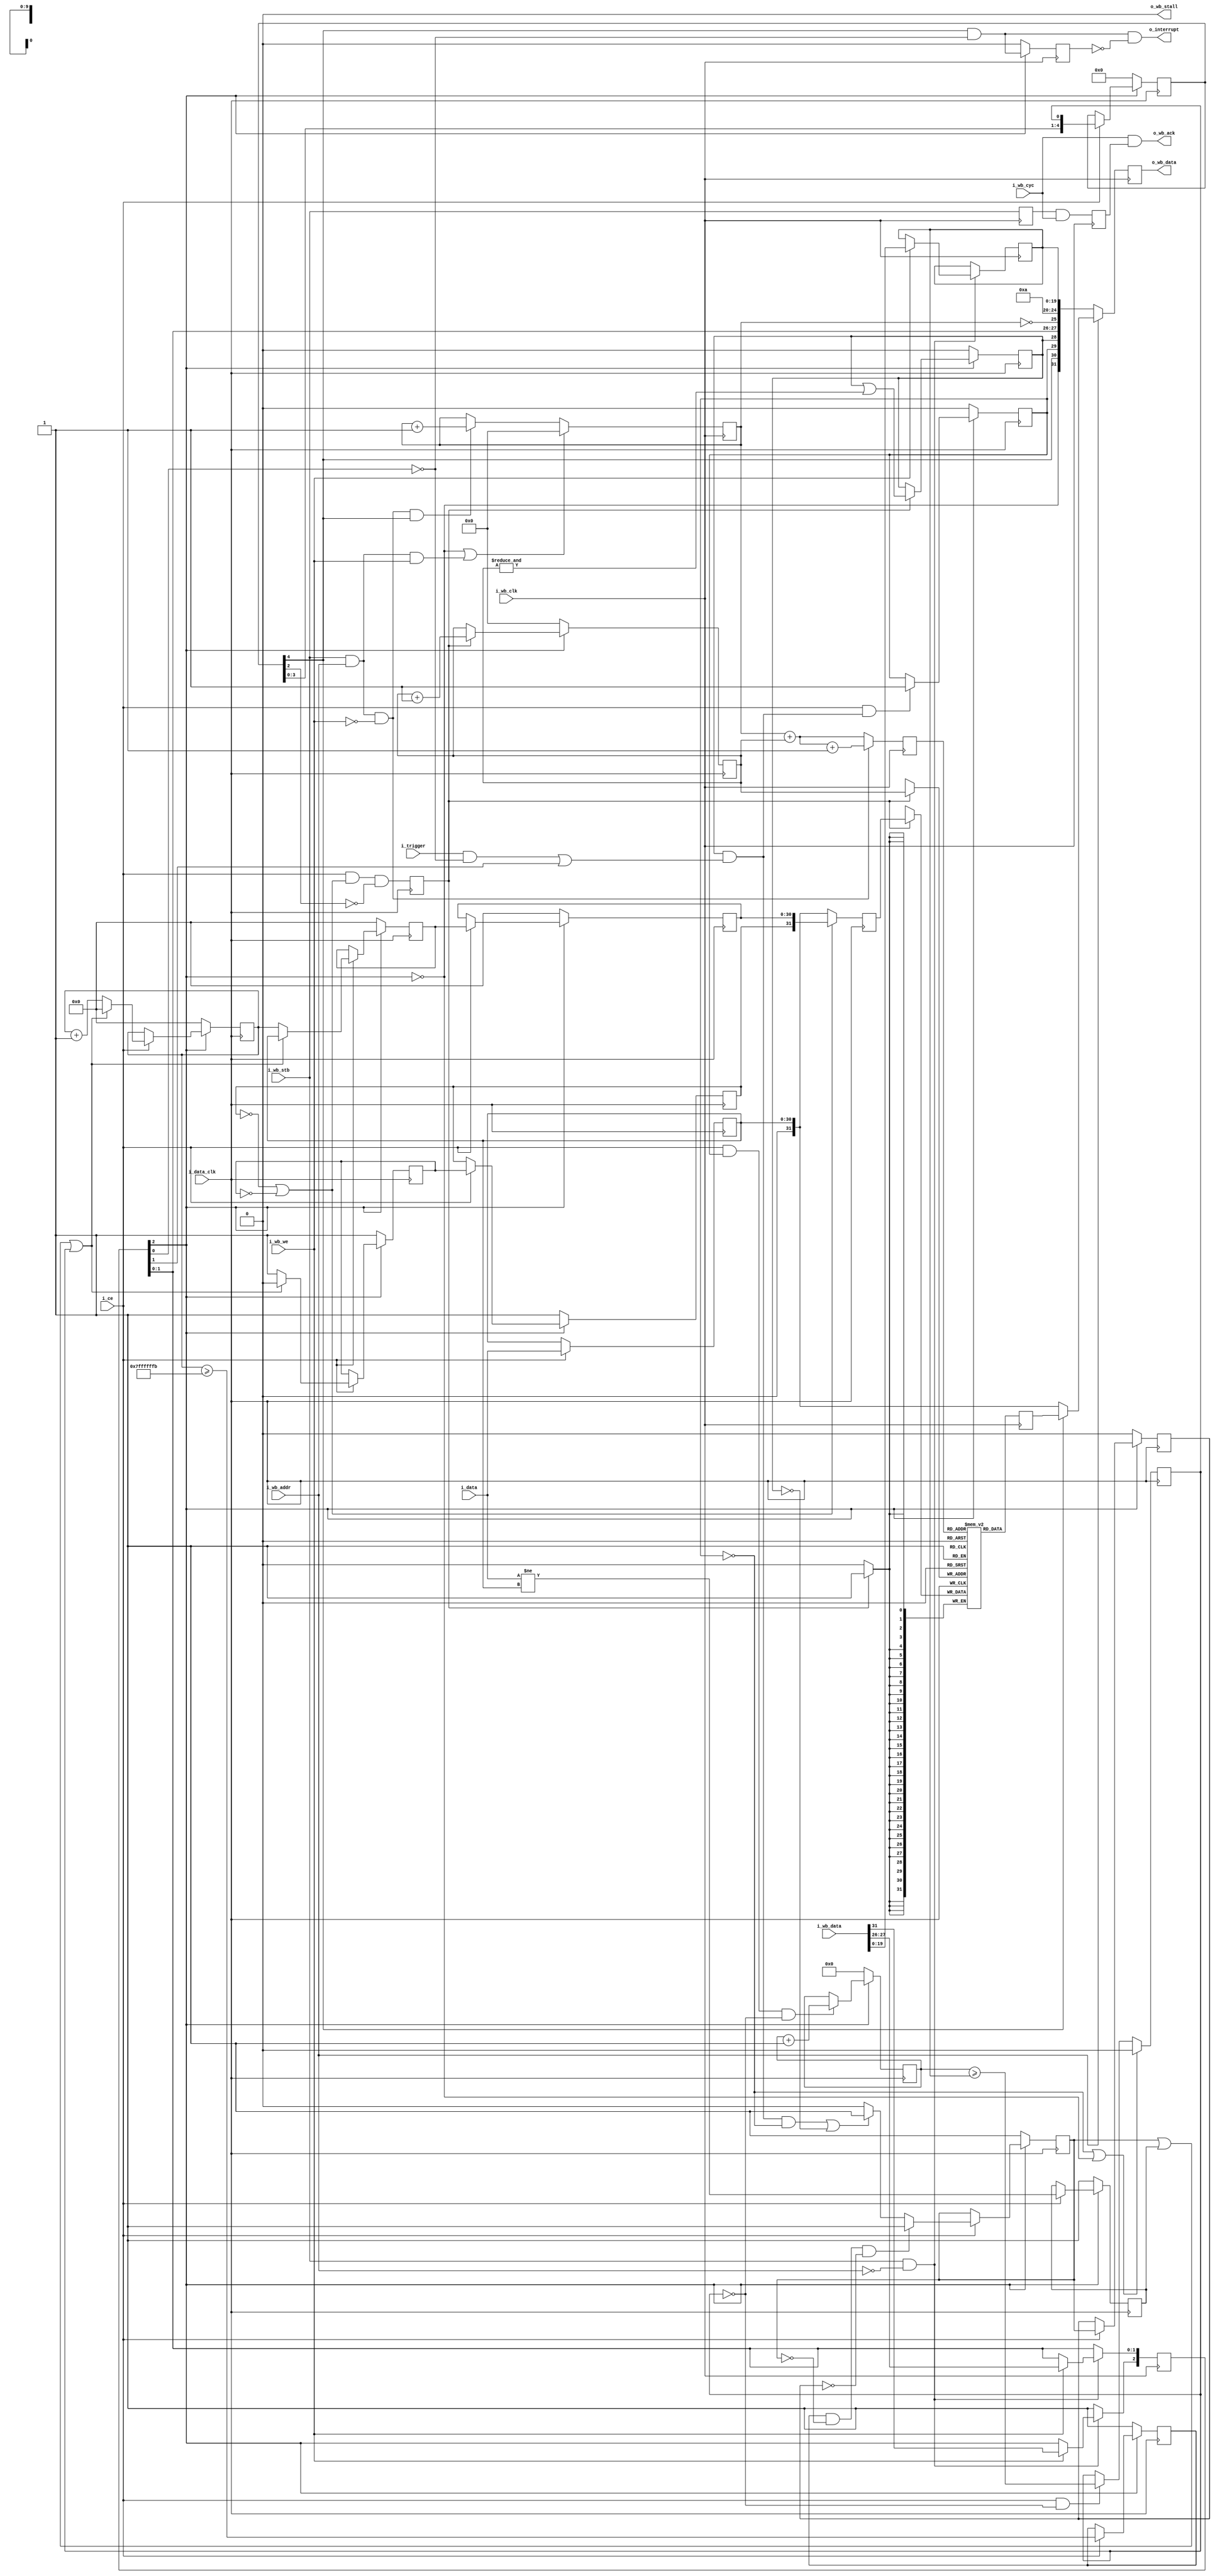
////////////////////////////////////////////////////////////////////////////////
//
//
// Project:	ICO Zip, iCE40 ZipCPU demonstration project
//
// Purpose:	This scope is identical in function to the wishbone scope
//	found in wbscope, save that the output is compressed via a run-length
//	encoding scheme and that (as a result) it can only handle recording
//	31 bits at a time.  This allows the top bit to indicate the presence
//	of an 'address difference' rather than actual incoming recorded data.
//
//	Reading/decompressing the output of this scope works in this fashion:
//	Once the scope has stopped, read from the port.  Any time the high
//	order bit is set, the other 31 bits tell you how many times to repeat
//	the last value.  If the high order bit is not set, then the value
//	is a new data value.
//
//	Previous versions of the compressed scope have had some fundamental
//	flaws: 1) it was impossible to know when the trigger took place, and
//	2) if things never changed, the scope would never fill or complete
//	its capture.  These two flaws have been fixed with this release.
//
//	When dealing with a slow interface such as the PS/2 interface, or even
//	the 16x2 LCD interface, it is often true that things can change _very_
//	slowly.  They could change so slowly that the standard wishbone scope
//	doesn't work.  This scope then gives you a working scope, by sampling
//	at diverse intervals, and only capturing anything that changes within
//	those intervals.  
//
//	Indeed, I'm finding this compressed scope very valuable for evaluating
//	the timing associated with a GPS PPS and associated NMEA stream.  I
//	need to collect over a seconds worth of data, and I don't have enough
//	memory to handle one memory value per clock, yet I still want to know
//	exactly when the GPS PPS goes high, when it goes low, when I'm
//	adjusting my clock, and when the clock's PPS output goes high.  Did I
//	synchronize them well?  Oh, and when does the NMEA time string show up
//	when compared with the PPS?  All of those are valuable, but could never
//	be done if the scope wasn't compressed.
//
// Creator:	Dan Gisselquist, Ph.D.
//		Gisselquist Technology, LLC
//
////////////////////////////////////////////////////////////////////////////////
//
// Copyright (C) 2015,2017-2020, Gisselquist Technology, LLC
//
// This program is free software (firmware): you can redistribute it and/or
// modify it under the terms of  the GNU General Public License as published
// by the Free Software Foundation, either version 3 of the License, or (at
// your option) any later version.
//
// This program is distributed in the hope that it will be useful, but WITHOUT
// ANY WARRANTY; without even the implied warranty of MERCHANTIBILITY or
// FITNESS FOR A PARTICULAR PURPOSE.  See the GNU General Public License
// for more details.
//
// You should have received a copy of the GNU General Public License along
// with this program.  (It's in the $(ROOT)/doc directory.  Run make with no
// target there if the PDF file isn't present.)  If not, see
// <http://www.gnu.org/licenses/> for a copy.
//
// License:	GPL, v3, as defined and found on www.gnu.org,
//		http://www.gnu.org/licenses/gpl.html
//
//
////////////////////////////////////////////////////////////////////////////////
//
//
`default_nettype	none
//
module wbscopc(i_data_clk, i_ce, i_trigger, i_data,
	i_wb_clk, i_wb_cyc, i_wb_stb, i_wb_we, i_wb_addr, i_wb_data,
	o_wb_ack, o_wb_stall, o_wb_data,
	o_interrupt);
	parameter [4:0]			LGMEM = 5'd10;
	parameter			BUSW = 32, NELM=(BUSW-1);
	parameter [0:0]			SYNCHRONOUS=1;
	parameter			HOLDOFFBITS=20;
	parameter [(HOLDOFFBITS-1):0]	DEFAULT_HOLDOFF = ((1<<(LGMEM-1))-4);
	parameter			STEP_BITS=BUSW-1;
	parameter [(STEP_BITS-1):0]	MAX_STEP={{(STEP_BITS-2){1'b1}}, 2'b00};
	// The input signals that we wish to record
	input	wire			i_data_clk, i_ce, i_trigger;
	input	wire	[(NELM-1):0]	i_data;
	// The WISHBONE bus for reading and configuring this scope
	input	wire			i_wb_clk, i_wb_cyc, i_wb_stb, i_wb_we;
	input	wire			i_wb_addr; // One address line only
	input	wire	[(BUSW-1):0]	i_wb_data;
	output	wire			o_wb_ack, o_wb_stall;
	output	reg	[(BUSW-1):0]	o_wb_data;
	// And, finally, for a final flair --- offer to interrupt the CPU after
	// our trigger has gone off.  This line is equivalent to the scope 
	// being stopped.  It is not maskable here.
	output	wire			o_interrupt;



	reg	[(LGMEM-1):0]	raddr;
	reg	[(BUSW-1):0]	mem[0:((1<<LGMEM)-1)];

	// Our status/config register
	wire		bw_reset_request, bw_manual_trigger,
			bw_disable_trigger, bw_reset_complete;
	reg	[2:0]	br_config;
	reg	[(HOLDOFFBITS-1):0]	br_holdoff;
	initial	br_config = 3'b0;
	initial	br_holdoff = DEFAULT_HOLDOFF;
	always @(posedge i_wb_clk)
		if ((i_wb_stb)&&(!i_wb_addr))
		begin
			if (i_wb_we)
			begin
				br_config <= { i_wb_data[31],
					i_wb_data[27],
					i_wb_data[26] };
				br_holdoff <= i_wb_data[(HOLDOFFBITS-1):0];
			end
		end else if (bw_reset_complete)
			br_config[2] <= 1'b1;
	assign	bw_reset_request   = (!br_config[2]);
	assign	bw_manual_trigger  = (br_config[1]);
	assign	bw_disable_trigger = (br_config[0]);


	wire	dw_reset, dw_manual_trigger, dw_disable_trigger;
	generate
	if (SYNCHRONOUS > 0)
	begin
		assign	dw_reset = bw_reset_request;
		assign	dw_manual_trigger = bw_manual_trigger;
		assign	dw_disable_trigger = bw_disable_trigger;
		assign	bw_reset_complete = bw_reset_request;
	end else begin
		reg		r_reset_complete;
		(* ASYNC_REG = "TRUE" *) reg	[2:0]	q_iflags;
		reg	[2:0]	r_iflags;

		// Resets are synchronous to the bus clock, not the data clock
		// so do a clock transfer here
		initial	q_iflags = 3'b000;
		initial	r_reset_complete = 1'b0;
		always @(posedge i_data_clk)
		begin
			q_iflags <= { bw_reset_request, bw_manual_trigger, bw_disable_trigger };
			r_iflags <= q_iflags;
			r_reset_complete <= (dw_reset);
		end

		assign	dw_reset = r_iflags[2];
		assign	dw_manual_trigger = r_iflags[1];
		assign	dw_disable_trigger = r_iflags[0];

		(* ASYNC_REG = "TRUE" *) reg	q_reset_complete;
		reg	qq_reset_complete;
		// Pass an acknowledgement back from the data clock to the bus
		// clock that the reset has been accomplished
		initial	q_reset_complete = 1'b0;
		initial	qq_reset_complete = 1'b0;
		always @(posedge i_wb_clk)
		begin
			q_reset_complete  <= r_reset_complete;
			qq_reset_complete <= q_reset_complete;
		end

		assign bw_reset_complete = qq_reset_complete;
	end endgenerate

	//
	// Set up the trigger
	//
	//
	// Write with the i-clk, or input clock.  All outputs read with the
	// WISHBONE-clk, or i_wb_clk clock.
	reg	dr_triggered, dr_primed;
	wire	dw_trigger;
	assign	dw_trigger = (dr_primed)&&(
				((i_trigger)&&(!dw_disable_trigger))
				||(dw_manual_trigger));
	initial	dr_triggered = 1'b0;
	always @(posedge i_data_clk)
		if (dw_reset)
			dr_triggered <= 1'b0;
		else if ((i_ce)&&(dw_trigger))
			dr_triggered <= 1'b1;

	//
	// Determine when memory is full and capture is complete
	//
	// Writes take place on the data clock
	// The counter is unsigned
	(* ASYNC_REG="TRUE" *) reg	[(HOLDOFFBITS-1):0]	holdoff_counter;

	reg		dr_stopped;
	initial	dr_stopped = 1'b0;
	initial	holdoff_counter = 0;
	always @(posedge i_data_clk)
		if (dw_reset)
			holdoff_counter <= 0;
		else if ((i_ce)&&(dr_triggered)&&(!dr_stopped))
		begin
			holdoff_counter <= holdoff_counter + 1'b1;
		end

	always @(posedge i_data_clk)
		if ((!dr_triggered)||(dw_reset))
			dr_stopped <= 1'b0;
		else if ((i_ce)&&(!dr_stopped))
		begin
			if (HOLDOFFBITS > 1) // if (i_ce)
				dr_stopped <= (holdoff_counter >= br_holdoff);
			else if (HOLDOFFBITS <= 1)
				dr_stopped <= ((i_ce)&&(dw_trigger));
		end

	localparam	DLYSTOP=5;
	reg	[(DLYSTOP-1):0]	dr_stop_pipe;
	always @(posedge i_data_clk)
		if (dw_reset)
			dr_stop_pipe <= 0;
		else if (i_ce)
			dr_stop_pipe <= { dr_stop_pipe[(DLYSTOP-2):0], dr_stopped };

	wire	dw_final_stop;
	assign	dw_final_stop = dr_stop_pipe[(DLYSTOP-1)];

	// A big part of this scope is the run length of any particular
	// data value.  Hence, when the address line (i.e. data[31])
	// is high on decompression, the run length field will record an
	// address difference.
	//
	// To implement this, we set our run length to zero any time the
	// data changes, but increment it on all other clocks.  Should the
	// address difference get to our maximum value, we let it saturate
	// rather than overflow.
	reg	[(STEP_BITS-1):0]	ck_addr;
	reg	[(NELM-1):0]		qd_data;
	reg				dr_force_write, dr_run_timeout,
					new_data;

	//
	// The "dr_force_write" logic here is designed to make sure we write
	// at least every MAX_STEP samples, and that we stop as soon as
	// we are able.  Hence, if an interface is slow
	// and idle, we'll at least prime the scope, and even if the interface
	// doesn't have enough transitions to fill our buffer, we'll at least
	// fill the buffer with repeats.
	//
	reg		dr_force_inhibit;
	initial	ck_addr = 0;
	initial	dr_force_write = 1'b0;
	always @(posedge i_data_clk)
		if (dw_reset)
		begin
			dr_force_write    <= 1'b1;
			dr_force_inhibit  <= 1'b0;
		end else if (i_ce)
		begin
			dr_force_inhibit <= (dr_force_write);
			if ((dr_run_timeout)&&(!dr_force_write)&&(!dr_force_inhibit))
				dr_force_write <= 1'b1;
			else if (((dw_trigger)&&(!dr_triggered))||(!dr_primed))
				dr_force_write <= 1'b1;
			else
				dr_force_write <= 1'b0;
		end

	//
	// Keep track of how long it has been since the last write
	//
	always @(posedge i_data_clk)
		if (dw_reset)
			ck_addr <= 0;
		else if (i_ce)
		begin
			if ((dr_force_write)||(new_data)||(dr_stopped))
				ck_addr <= 0;
			else
				ck_addr <= ck_addr + 1'b1;
		end

	always @(posedge i_data_clk)
		if (dw_reset)
			dr_run_timeout <= 1'b1;
		else if (i_ce)
			dr_run_timeout <= (ck_addr >= MAX_STEP-1'b1);

	always @(posedge i_data_clk)
		if (dw_reset)
			new_data <= 1'b1;
		else if (i_ce)
			new_data <= (i_data != qd_data);

	always @(posedge i_data_clk)
		if (i_ce)
			qd_data <= i_data;

	wire	[(BUSW-2):0]	w_data;
	generate
	if (NELM == BUSW-1)
		assign w_data = qd_data;
	else
		assign w_data = { {(BUSW-NELM-1){1'b0}}, qd_data };
	endgenerate

	//
	// To do our RLE compression, we keep track of two registers: the most
	// recent data to the device (imm_ prefix) and the data from one
	// clock ago.  This allows us to suppress writes to the scope which
	// would otherwise be two address writes in a row.
	reg	imm_adr, lst_adr; // Is this an address (1'b1) or data value?
	reg	[(BUSW-2):0]	lst_val, // Data for the scope, delayed by one
				imm_val; // Data to write to the scope
	initial	lst_adr = 1'b1;
	initial	imm_adr = 1'b1;
	always @(posedge i_data_clk)
		if (dw_reset)
		begin
			imm_val <= 31'h0;
			imm_adr <= 1'b1;
			lst_val <= 31'h0;
			lst_adr <= 1'b1;
		end else if (i_ce)
		begin
			if ((new_data)||(dr_force_write)||(dr_stopped))
			begin
				imm_val <= w_data;
				imm_adr <= 1'b0; // Last thing we wrote was data
				lst_val <= imm_val;
				lst_adr <= imm_adr;
			end else begin
				imm_val <= ck_addr; // Minimum value here is '1'
				imm_adr <= 1'b1; // This (imm) is an address
				lst_val <= imm_val;
				lst_adr <= imm_adr;
			end
		end

	//
	// Here's where we suppress writing pairs of address words to the
	// scope at once.
	//
	reg			record_ce;
	reg	[(BUSW-1):0]	r_data;
	initial			record_ce = 1'b0;
	always @(posedge i_data_clk)
		record_ce <= (i_ce)&&((!lst_adr)||(!imm_adr))&&(!dr_stop_pipe[2]);
	always @(posedge i_data_clk)
		r_data <= ((!lst_adr)||(!imm_adr))
			? { lst_adr, lst_val }
			: { {(32 - NELM){1'b0}}, qd_data };

	//
	//	Actually do our writes to memory.  Record, via 'primed' when
	//	the memory is full.
	//
	//	The 'waddr' address that we are using really crosses two clock
	//	domains.  While writing and changing, it's in the data clock
	//	domain.  Once stopped, it becomes part of the bus clock domain.
	//	The clock transfer on the stopped line handles the clock
	//	transfer for these signals.
	//
	reg	[(LGMEM-1):0]	waddr;
	initial	waddr = {(LGMEM){1'b0}};
	initial	dr_primed = 1'b0;
	always @(posedge i_data_clk)
		if (dw_reset) // For simulation purposes, supply a valid value
		begin
			waddr <= 0; // upon reset.
			dr_primed <= 1'b0;
		end else if (record_ce)
		begin
			// mem[waddr] <= i_data;
			waddr <= waddr + {{(LGMEM-1){1'b0}},1'b1};
			dr_primed <= (dr_primed)||(&waddr);
		end
	always @(posedge i_data_clk)
		if (record_ce)
			mem[waddr] <= r_data;


	//
	//
	//
	// Bus response
	//
	//

	//
	// Clock transfer of the status signals
	//
	wire	bw_stopped, bw_triggered, bw_primed;
	generate
	if (SYNCHRONOUS > 0)
	begin
		assign	bw_stopped   = dw_final_stop;
		assign	bw_triggered = dr_triggered;
		assign	bw_primed    = dr_primed;
	end else begin
		// These aren't a problem, since none of these are strobe
		// signals.  They goes from low to high, and then stays high
		// for many clocks.  Swapping is thus easy--two flip flops to
		// protect against meta-stability and we're done.
		//
		(* ASYNC_REG = "TRUE" *) reg	[2:0]	q_oflags;
		reg	[2:0]	r_oflags;
		initial	q_oflags = 3'h0;
		initial	r_oflags = 3'h0;
		always @(posedge i_wb_clk)
			if (bw_reset_request)
			begin
				q_oflags <= 3'h0;
				r_oflags <= 3'h0;
			end else begin
				q_oflags <= { dw_final_stop, dr_triggered, dr_primed };
				r_oflags <= q_oflags;
			end

		assign	bw_stopped   = r_oflags[2];
		assign	bw_triggered = r_oflags[1];
		assign	bw_primed    = r_oflags[0];
	end endgenerate


	//
	// Reads use the bus clock
	//
	reg	br_wb_ack, br_pre_wb_ack;
	initial	br_wb_ack = 1'b0;
	wire	bw_cyc_stb;
	assign	bw_cyc_stb = (i_wb_stb);
	initial	br_pre_wb_ack = 1'b0;
	initial	br_wb_ack = 1'b0;
	always @(posedge i_wb_clk)
	begin
		if ((bw_reset_request)
			||((bw_cyc_stb)&&(i_wb_addr)&&(i_wb_we)))
			raddr <= 0;
		else if ((bw_cyc_stb)&&(i_wb_addr)&&(!i_wb_we)&&(bw_stopped))
			raddr <= raddr + 1'b1; // Data read, when stopped

		br_pre_wb_ack <= bw_cyc_stb;
		br_wb_ack <= (br_pre_wb_ack)&&(i_wb_cyc);
	end



	reg	[(LGMEM-1):0]	this_addr;
	always @(posedge i_wb_clk)
		if ((bw_cyc_stb)&&(i_wb_addr)&&(!i_wb_we))
			this_addr <= raddr + waddr + 1'b1;
		else
			this_addr <= raddr + waddr;

	reg	[31:0]	nxt_mem;
	always @(posedge i_wb_clk)
		nxt_mem <= mem[this_addr];

	wire	[19:0]	full_holdoff;
	assign full_holdoff[(HOLDOFFBITS-1):0] = br_holdoff;
	generate if (HOLDOFFBITS < 20)
		assign full_holdoff[19:(HOLDOFFBITS)] = 0;
	endgenerate

	wire	[4:0]	bw_lgmem;
	assign		bw_lgmem = LGMEM;
	always @(posedge i_wb_clk)
		if (!i_wb_addr) // Control register read
			o_wb_data <= { bw_reset_request,
					bw_stopped,
					bw_triggered,
					bw_primed,
					bw_manual_trigger,
					bw_disable_trigger,
					(raddr == {(LGMEM){1'b0}}),
					bw_lgmem,
					full_holdoff  };
		else if (!bw_stopped) // read, prior to stopping
			o_wb_data <= {1'b0, w_data };// Violates clk tfr rules
		else // if (i_wb_addr) // Read from FIFO memory
			o_wb_data <= nxt_mem; // mem[raddr+waddr];

	assign	o_wb_stall = 1'b0;
	assign	o_wb_ack = (i_wb_cyc)&&(br_wb_ack);

	reg	br_level_interrupt;
	initial	br_level_interrupt = 1'b0;
	assign	o_interrupt = (bw_stopped)&&(!bw_disable_trigger)
					&&(!br_level_interrupt);
	always @(posedge i_wb_clk)
		if ((bw_reset_complete)||(bw_reset_request))
			br_level_interrupt<= 1'b0;
		else
			br_level_interrupt<= (bw_stopped)&&(!bw_disable_trigger);

	// Make Verilator happy
	// verilator lint_off UNUSED
	wire	[3+6+(20-HOLDOFFBITS)-1:0] unused;
	assign	unused = { i_wb_data[30:28], i_wb_data[25:HOLDOFFBITS] };
	// verilator lint_on  UNUSED

endmodule